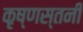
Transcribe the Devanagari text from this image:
कृष्णस्तनी